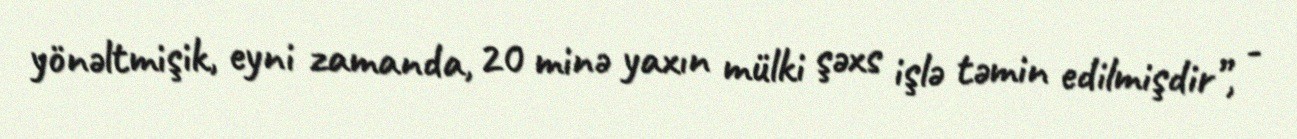
yönəltmişik, eyni zamanda, 20 minə yaxın mülki şəxs işlə təmin edilmişdir”, -